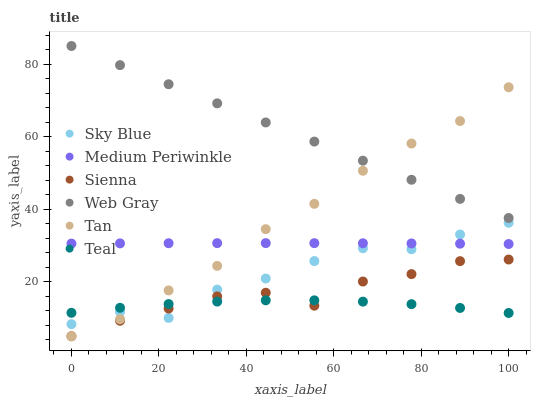
| xaxis_label | Sky Blue | Medium Periwinkle | Sienna | Web Gray | Tan | Teal |
 | --- | --- | --- | --- | --- | --- | --- |
 | 0 | 8.33 | 30.5 | 5 | 85 | 5 | 11.5 |
 | 11.1 | 11.7 | 30.6 | 9.27 | 79.7 | 9.7 | 12.8 |
 | 22.2 | 10.1 | 30.6 | 12.6 | 74.5 | 17.6 | 13.9 |
 | 33.3 | 17.9 | 30.7 | 16 | 69.2 | 24.4 | 14.6 |
 | 44.4 | 20.9 | 30.7 | 17 | 63.9 | 34.5 | 14.9 |
 | 55.6 | 25.7 | 30.7 | 13.4 | 58.7 | 41.5 | 14.9 |
 | 66.7 | 29.3 | 30.6 | 20.1 | 53.4 | 50.6 | 14.5 |
 | 77.8 | 29 | 30.6 | 22.1 | 48.1 | 58.1 | 13.8 |
 | 88.9 | 33 | 30.5 | 25.7 | 42.9 | 64.3 | 12.8 |
 | 100 | 36.3 | 30.4 | 26.2 | 37.6 | 73.6 | 11.4 |